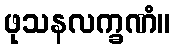
ဖုသနလက္ခဏံ။